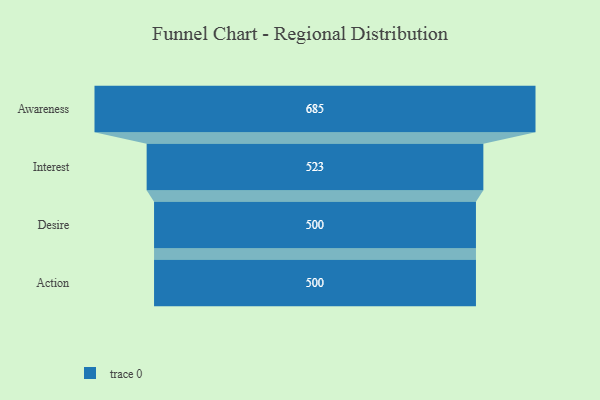
{"axis": {"x": "Stage", "y": "Value"}, "legend": [""], "data": [{"x": "Awareness", "y": 685.0, "type": ""}, {"x": "Interest", "y": 523.0, "type": ""}, {"x": "Desire", "y": 500, "type": ""}, {"x": "Action", "y": 500, "type": ""}]}